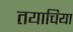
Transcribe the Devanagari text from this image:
तयाचिया